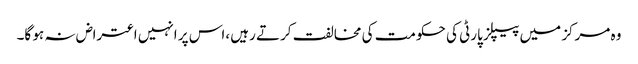
وہ مرکز میں پیپلز پارٹی کی حکومت کی مخالفت کرتے رہیں ،اس پر انہیں اعتراض نہ ہو گا۔